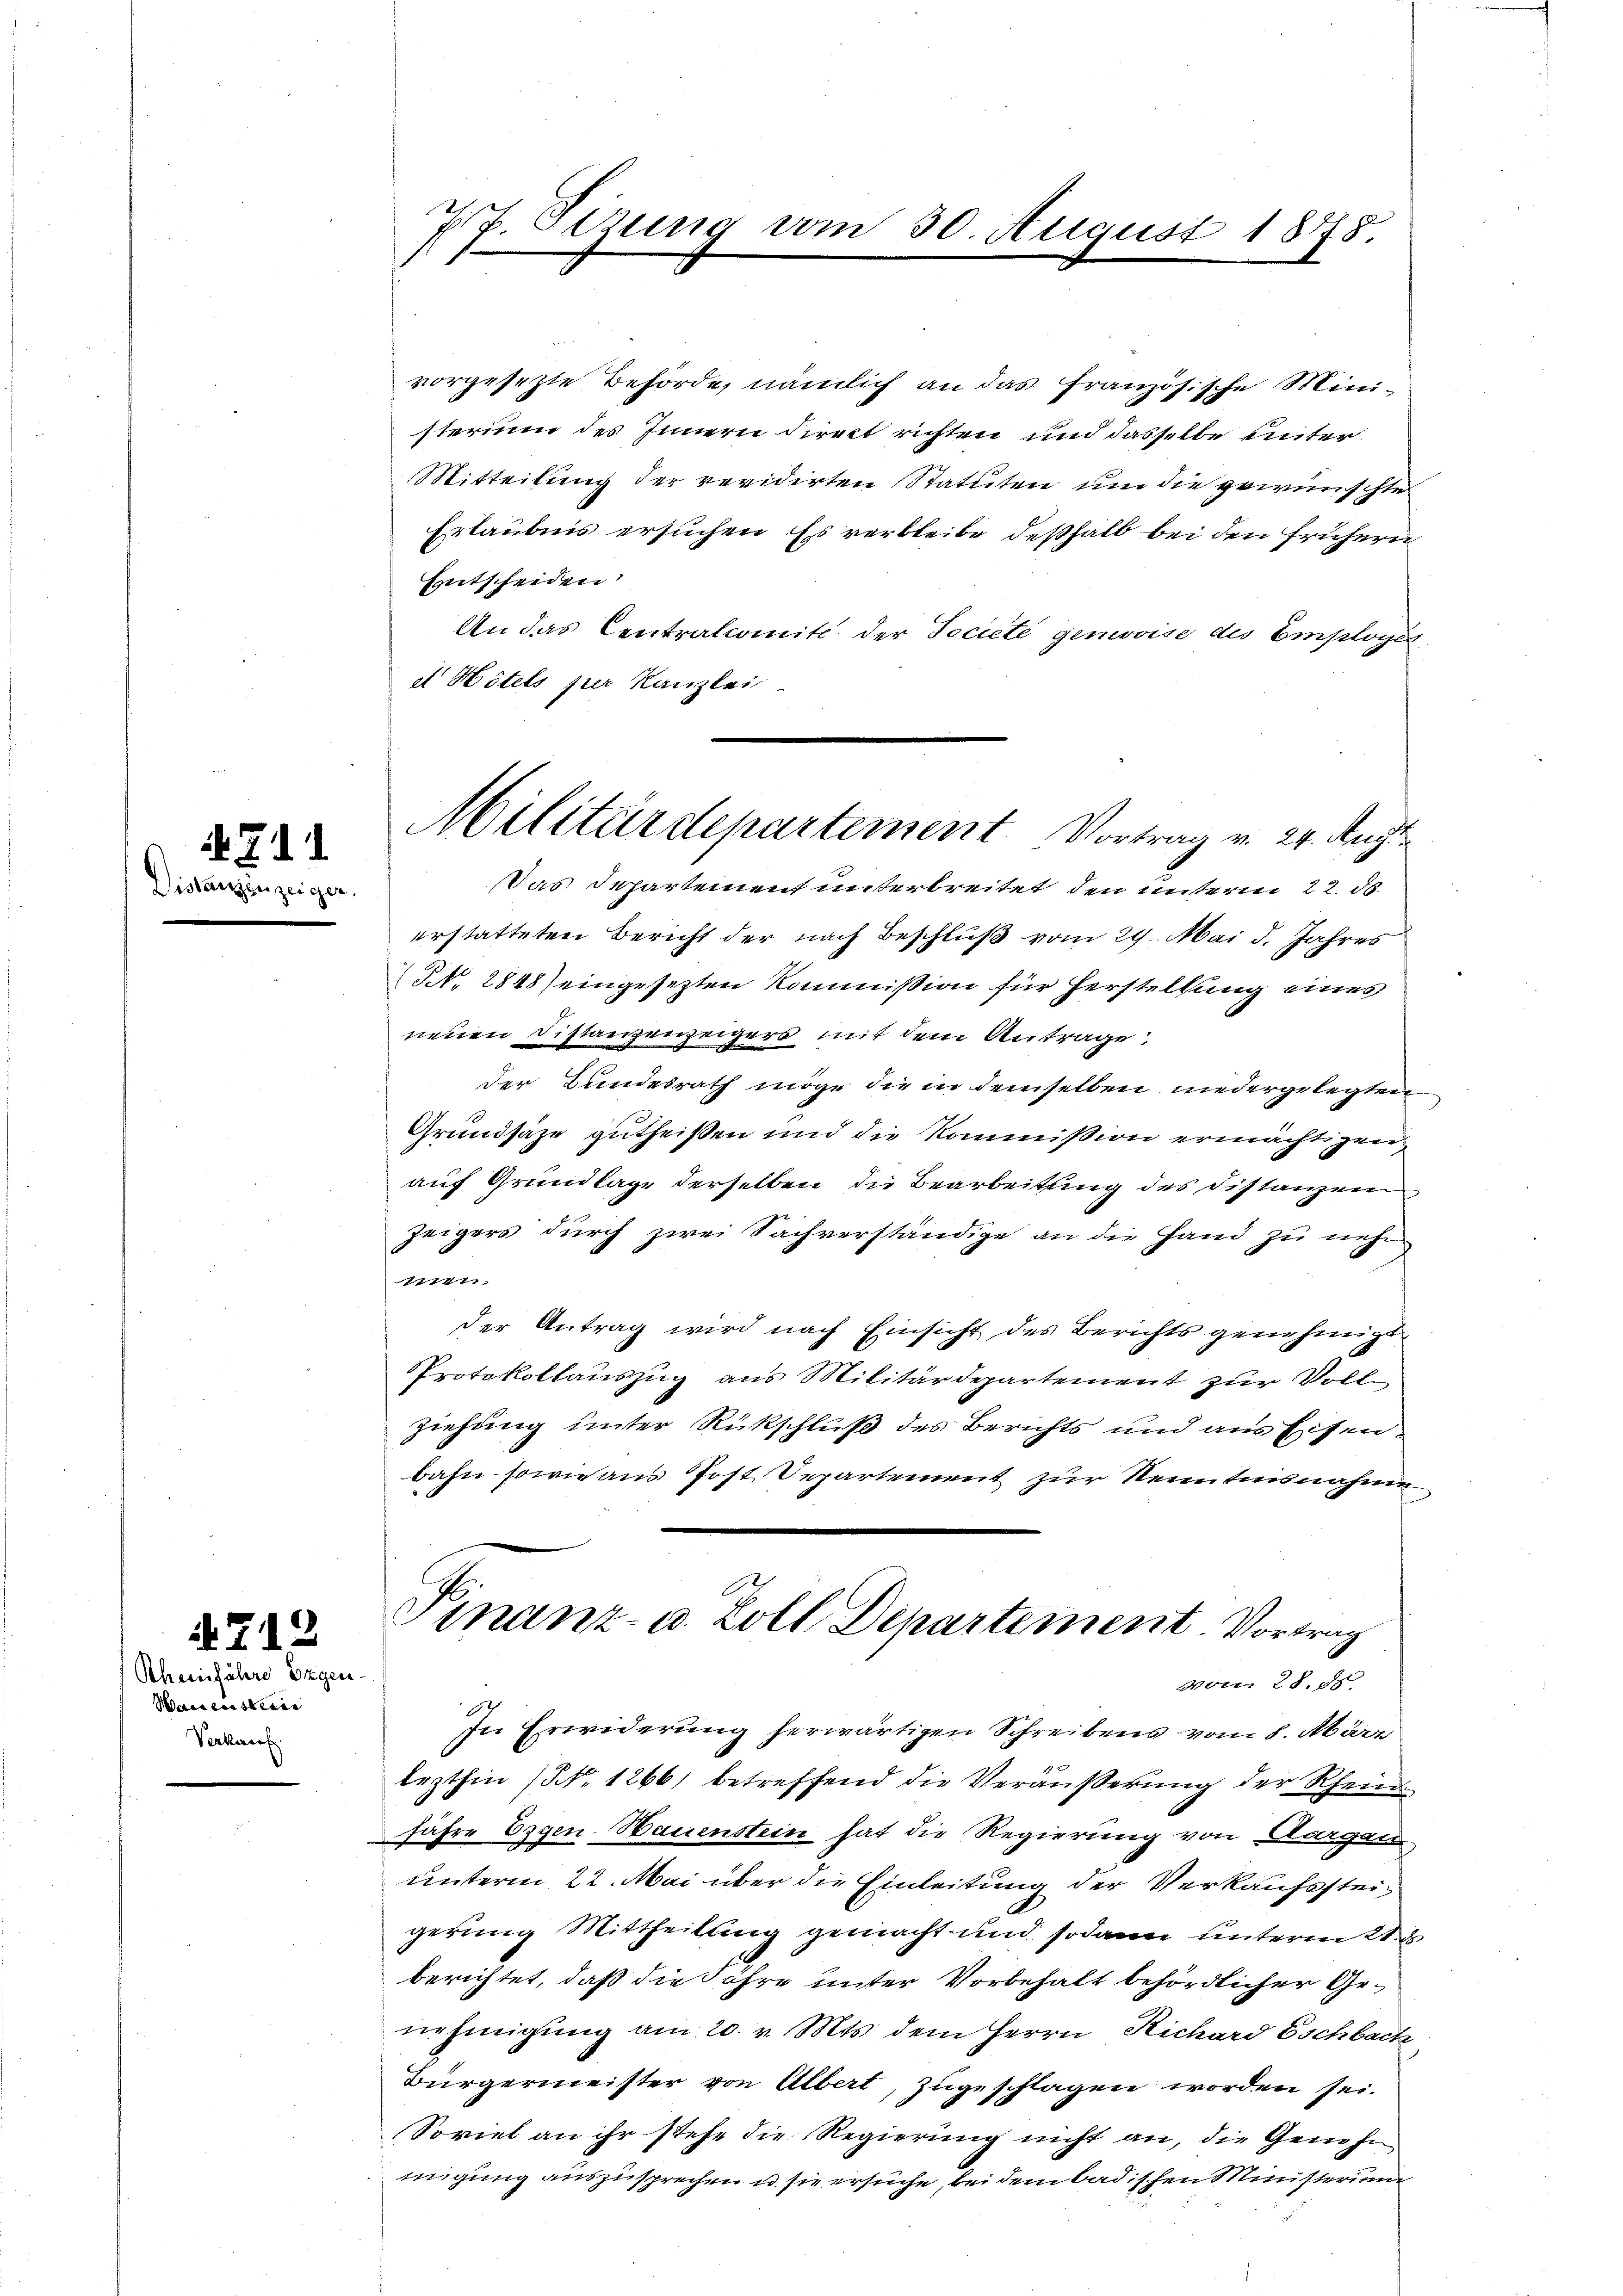
Disse

4711

712
Scheinfahre Eigen-
Waisersterie
Verkauf

77. Serung vom 30. August 1878

Militärdepartement Vortrag v. 24. Augu
Das Departement unterbreitet, den unterm 22. ds.

vorgesetzte Behörde, nämlich an das französische Ministerium des Innern direct richten und dasselbe unter¬
Mitteilung der revidirten Statuten um die gewünschte
Erlaubnis ersuchen Es verbleibe deßhalb bei den frühern
Entscheiden
An das Centralcomité der Societe gemovise des Employés
d Hôtels per Kanzlei
erstatteten Bericht der nach Beschluß vom 29. Mai d. Jahres
NNo. 2848) eingesezten Kommission für Herstellung eines
neuen Distanzenzeigers mit dem Antrage
der Bundesrath möge die in demselben niedergelegten
Grundsaze gutheißen und die Kommission ermächtigen
auf Grundlage derselben die Bearbeitung des Distanzei
zeigers durch zwei Sachverständige an die Hand zu nehmen.
der Antrag wird nach Einsicht des Berichts genehmigt
Protokollauszug aus Militärdepartement zur Vollziehung unter Rückschluß des Berichts und aus Eisenbahn - sowie an Jost Departement zur Kenntnisnahme.
Finanz- u. Zoll Departement. Vortrag
von 28. ds.
In Erwiderung herwärtigen Schreibens vom 8. März
lezthin (N. 1266) betreffend die Veräußerung der Rheinfahre Eigen Bauenstein hat die Regierung von Aargau
unterm 22. Mai über die Einleitung der Verkaufssteigerung Mittheilung gemacht und sodann unterm 21. d.
berichtet, daß die Söhre unter Vorbehalt behördlicher Genehmigung am 20. v. Mts. dem Herrn Richard Eschbach
Bürgermeister von Albert, zugeschlagen worden sei.
Soviel an ihr stehe die Regierung nicht an, die Genehm
migung auszusprechen u. sie ersuche, bei dem badischen Ministerium

.